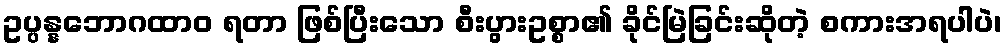
ဥပ္ပန္နဘောဂထာဝ ရတာ ဖြစ်ပြီးသော စီးပွားဥစ္စာ၏ ခိုင်မြဲခြင်းဆိုတဲ့ စကားအရပါပဲ၊